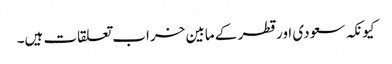
کیونکہ سعودی اور قطر کے مابین خراب تعلقات ہیں۔